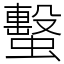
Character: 蟿